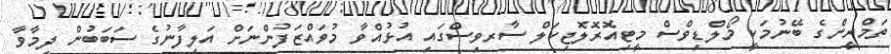
ތަމްރީންގެ ބޭނުމަކީ މޯލްޑިވްސް މީޓިއޮރޮލޮޖިކަލް ސާރވިސްގައި އުޅުއްވާ މުވައްޒަފުންނަށް އަލިފާނުގެ ސަބަބުން ދިމާވާ